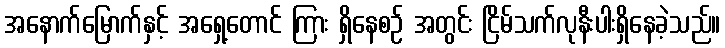
အနောက်မြောက်နှင့် အရှေ့တောင် ကြား ရှိနေစဉ် အတွင်း ငြိမ်သက်လုနီးပါးရှိနေခဲ့သည်။